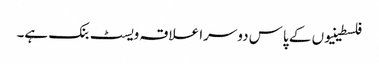
فلسطینیوں کے پاس دوسرا علاقہ ویسٹ بنک ہے۔